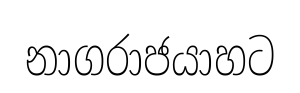
නාගරාජයාහට